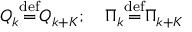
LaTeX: Q _ { k } { \stackrel { \mathrm { d e f } } { = } } Q _ { k + K } ; \quad \Pi _ { k } { \stackrel { \mathrm { d e f } } { = } } \Pi _ { k + K }